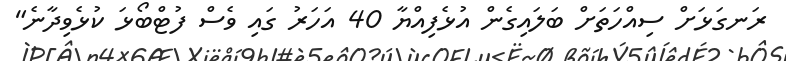
ރަނގަޅަށް ސިއްހަތަށް ބަލައިގެން އުޅެފިއްޔާ 40 އަހަރު ގައި ވެސް ފުޓްބޯޅަ ކުޅެވިދާނެ"